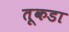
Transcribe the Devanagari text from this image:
तूकडा